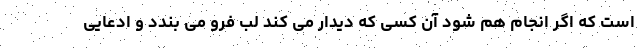
است که اگر انجام هم شود آن کسی که دیدار می کند لب فرو می بندد و ادعایی